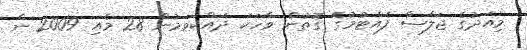
މިއަދުގެ ޖަލްސާ ފެއްޓުމުގެ ގޮތުން ވާހަކަ ދައްކަވަމުން 28 މެއި 2009 ން